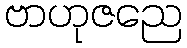
ဗာဟုဇညေ